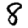
Digit: 8